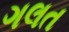
ગલત